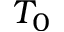
T _ { 0 }